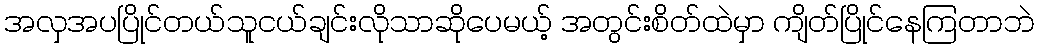
အလှအပပြိုင်တယ်သူငယ်ချင်းလိုသာဆိုပေမယ့် အတွင်းစိတ်ထဲမှာ ကျိတ်ပြိုင်နေကြတာဘဲ